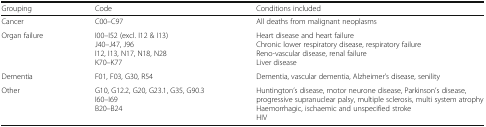
<table><thead><tr><td><b>Grouping</b></td><td><b>Code</b></td><td><b>Conditions included</b></td></tr></thead><tbody><tr><td>Cancer</td><td>C00–C97</td><td>All deaths from malignant neoplasms</td></tr><tr><td>Organ failure</td><td>I00–I52 (excl. I12 &amp; I13)J40–J47, J96I12, I13, N17, N18, N28K70–K77</td><td>Heart disease and heart failureChronic lower respiratory disease, respiratory failureReno-vascular disease, renal failureLiver disease</td></tr><tr><td>Dementia</td><td>F01, F03, G30, R54</td><td>Dementia, vascular dementia, Alzheimer’s disease, senility</td></tr><tr><td>Other</td><td>G10, G12.2, G20, G23.1, G35, G90.3I60–I69B20–B24</td><td>Huntington’s disease, motor neurone disease, Parkinson’s disease, progressive supranuclear palsy, multiple sclerosis, multi system atrophyHaemorrhagic, ischaemic and unspecified strokeHIV</td></tr></tbody></table>